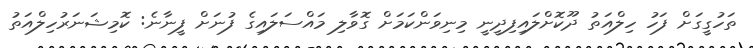
ތަހުގީގަށް ފަހު ހިލްއަތު ދޫކޮށްލައިފިދީނީ މިނިވަންކަމަށް ގޮވާލި މައްސަލައިގެ ފުނަށް ފީނާނެ: ކޮމިޝަނަރުހިލްއަތު